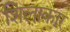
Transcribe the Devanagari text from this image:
शिलाकार